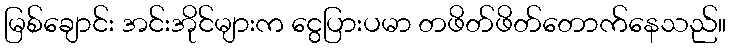
မြစ်ချောင်း အင်းအိုင်များက ငွေပြားပမာ တဖိတ်ဖိတ်တောက်နေသည်။